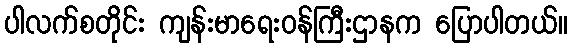
ပါလက်စတိုင်း ကျန်းမာရေးဝန်ကြီးဌာနက ပြောပါတယ်။